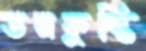
ডনকুস্তি